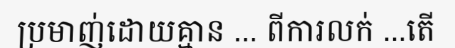
ប្រមាញ់ដោយគ្មាន ... ពីការលក់ ...តើ